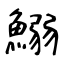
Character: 鰯